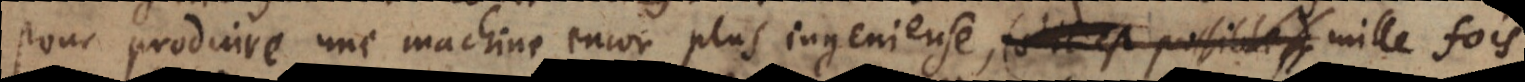
pour produire une machine encor plus ingenieuse(s’il est possible), mille fois